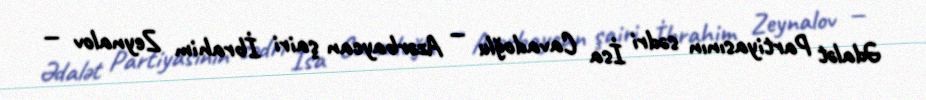
Ədalət Partiyasının sədri İsa Cavadoğlu — Azərbaycan şairi İbrahim Zeynalov —